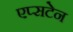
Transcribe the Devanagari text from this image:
एप्सटेन